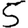
Digit: 5